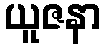
ယူဇနာ